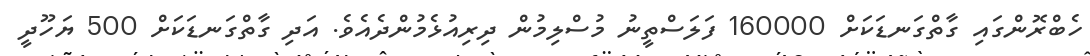
ހެބްރޮންގައި ގާތްގަނޑަކަށް 160000 ފަލަސްތީނު މުސްލިމުން ދިރިއުޅެމުންދެއެވެ. އަދި ގާތްގަނޑަކަށް 500 ޔަހޫދީ